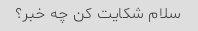
سلام شکایت کن چه خبر؟